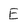
Character: E